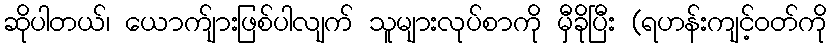
ဆိုပါတယ်၊ ယောက်ျားဖြစ်ပါလျက် သူများလုပ်စာကို မှီခိုပြီး (ရဟန်းကျင့်ဝတ်ကို